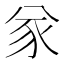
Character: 㒸